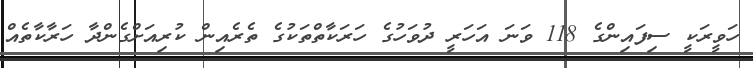
ހަވީރަކީ ސިފައިންގެ 118 ވަނަ އަހަރީ ދުވަހުގެ ހަރަކާތްތަކުގެ ތެރެއިން ކުރިއަށްގެންދާ ހަރާކާތެއް